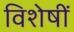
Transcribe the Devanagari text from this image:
विशेषीं